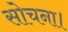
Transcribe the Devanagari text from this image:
सोचना।